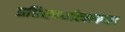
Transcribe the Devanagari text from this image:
प्रतिस्‍पर्धात्‍मकता